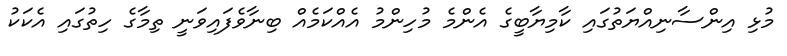
މުޅި އިންސާނިއްޔަތުގައި ކާމިޔާބީގެ އެންމެ މުހިންމު އެއްކަމެއް ބިނާވެފައިވަނީ ތިމާގެ ހިތުގައި އެކަކު